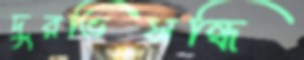
দুরভিসন্ধি